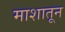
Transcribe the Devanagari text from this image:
माशातून